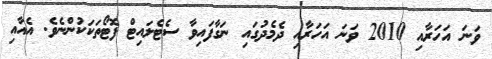
ވަނަ އަހަރާއި 2010 ވަނަ އަހަރާއި ދެމެދުގައި ނަގާފައިވާ ސެޓެލައިޓް ފޮޓޯތަކަކުންނެވެ. އެއާއި